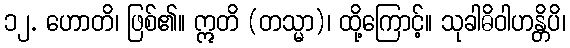
၁၂. ဟောတိ၊ ဖြစ်၏။ ဣတိ (တသ္မာ)၊ ထို့ကြောင့်။ သုခါဓိဝါဟန္တိပိ၊